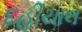
દહીયાલ